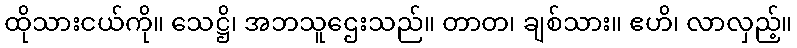
ထိုသားငယ်ကို။ သေဋ္ဌိ၊ အဘသူဌေးသည်။ တာတ၊ ချစ်သား။ ဧဟိ၊ လာလှည့်။